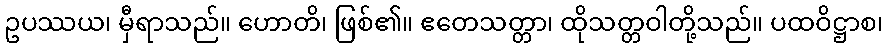
ဥပဿယ၊ မှီရာသည်။ ဟောတိ၊ ဖြစ်၏။ ဧတေသတ္တာ၊ ထိုသတ္တဝါတို့သည်။ ပထဝိဋ္ဌာစ၊